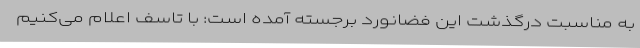
به مناسبت درگذشت این فضانورد برجسته آمده است: با تاسف اعلام می‌کنیم